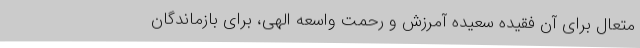
متعال برای آن فقیده سعیده آمرزش و رحمت واسعه الهی، برای بازماندگان